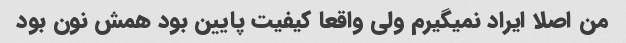
من اصلا ایراد نمیگیرم ولی واقعا کیفیت پایین بود همش نون بود